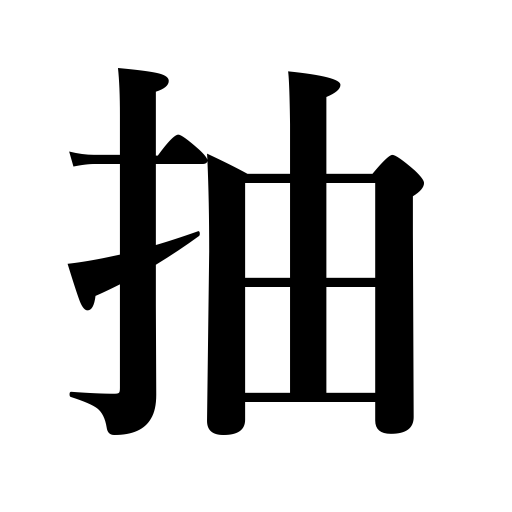
Meanings: extract,pull,excel